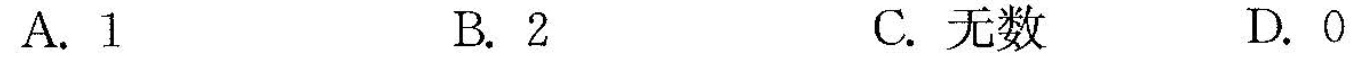
A.1 B.2 C.无数 D.0